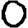
Digit: 0